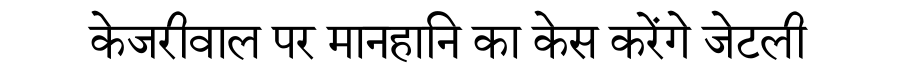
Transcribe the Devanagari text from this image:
केजरीवाल पर मानहानि का केस करेंगे जेटली